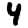
Digit: 4